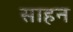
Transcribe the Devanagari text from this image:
साहन